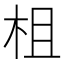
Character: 柤